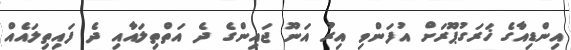
އިންޑިއާގެ ޚަރަގުޕޫރަށް އުފަންވި އިރު އަނޫ ޖައިންގެ ދެ އަތްތިލައާއި ދެ ފައިތިލައެއް